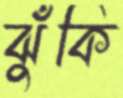
ঝুঁকি